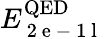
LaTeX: E_{\mathrm{~2~e~-~1~l~}}^{\mathrm{QED}}